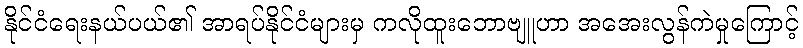
နိုင်ငံရေးနယ်ပယ်၏ အာရပ်နိုင်ငံများမှ ကလိုထူးဘောဗျူဟာ အအေးလွန်ကဲမှုကြောင့်